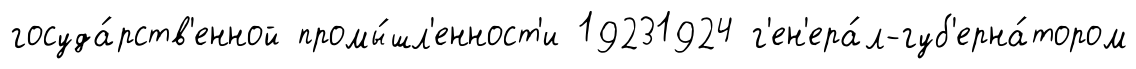
госуда́рств'енной промы́шл'енност'и 19231924 г'ен'ера́л-губ'ерна́тором